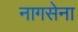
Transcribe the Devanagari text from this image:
नागसेना